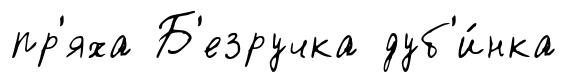
пр'яха Б'езручка дуб'и́нка